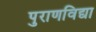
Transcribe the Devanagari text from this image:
पुराणविद्या